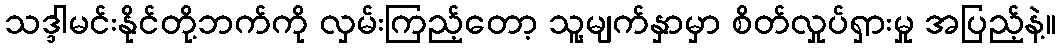
သဒ္ဒါမင်းနိုင်တို့ဘက်ကို လှမ်းကြည့်တော့ သူ့မျက်နှာမှာ စိတ်လှုပ်ရှားမှု အပြည့်နဲ့။